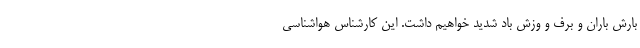
بارش باران و برف و وزش باد شدید خواهیم داشت. این کارشناس هواشناسی